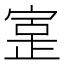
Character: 𫳥